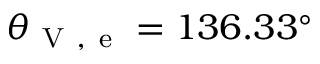
\theta _ { \mathrm { ~ V ~ , ~ e ~ } } = 1 3 6 . 3 3 ^ { \circ }